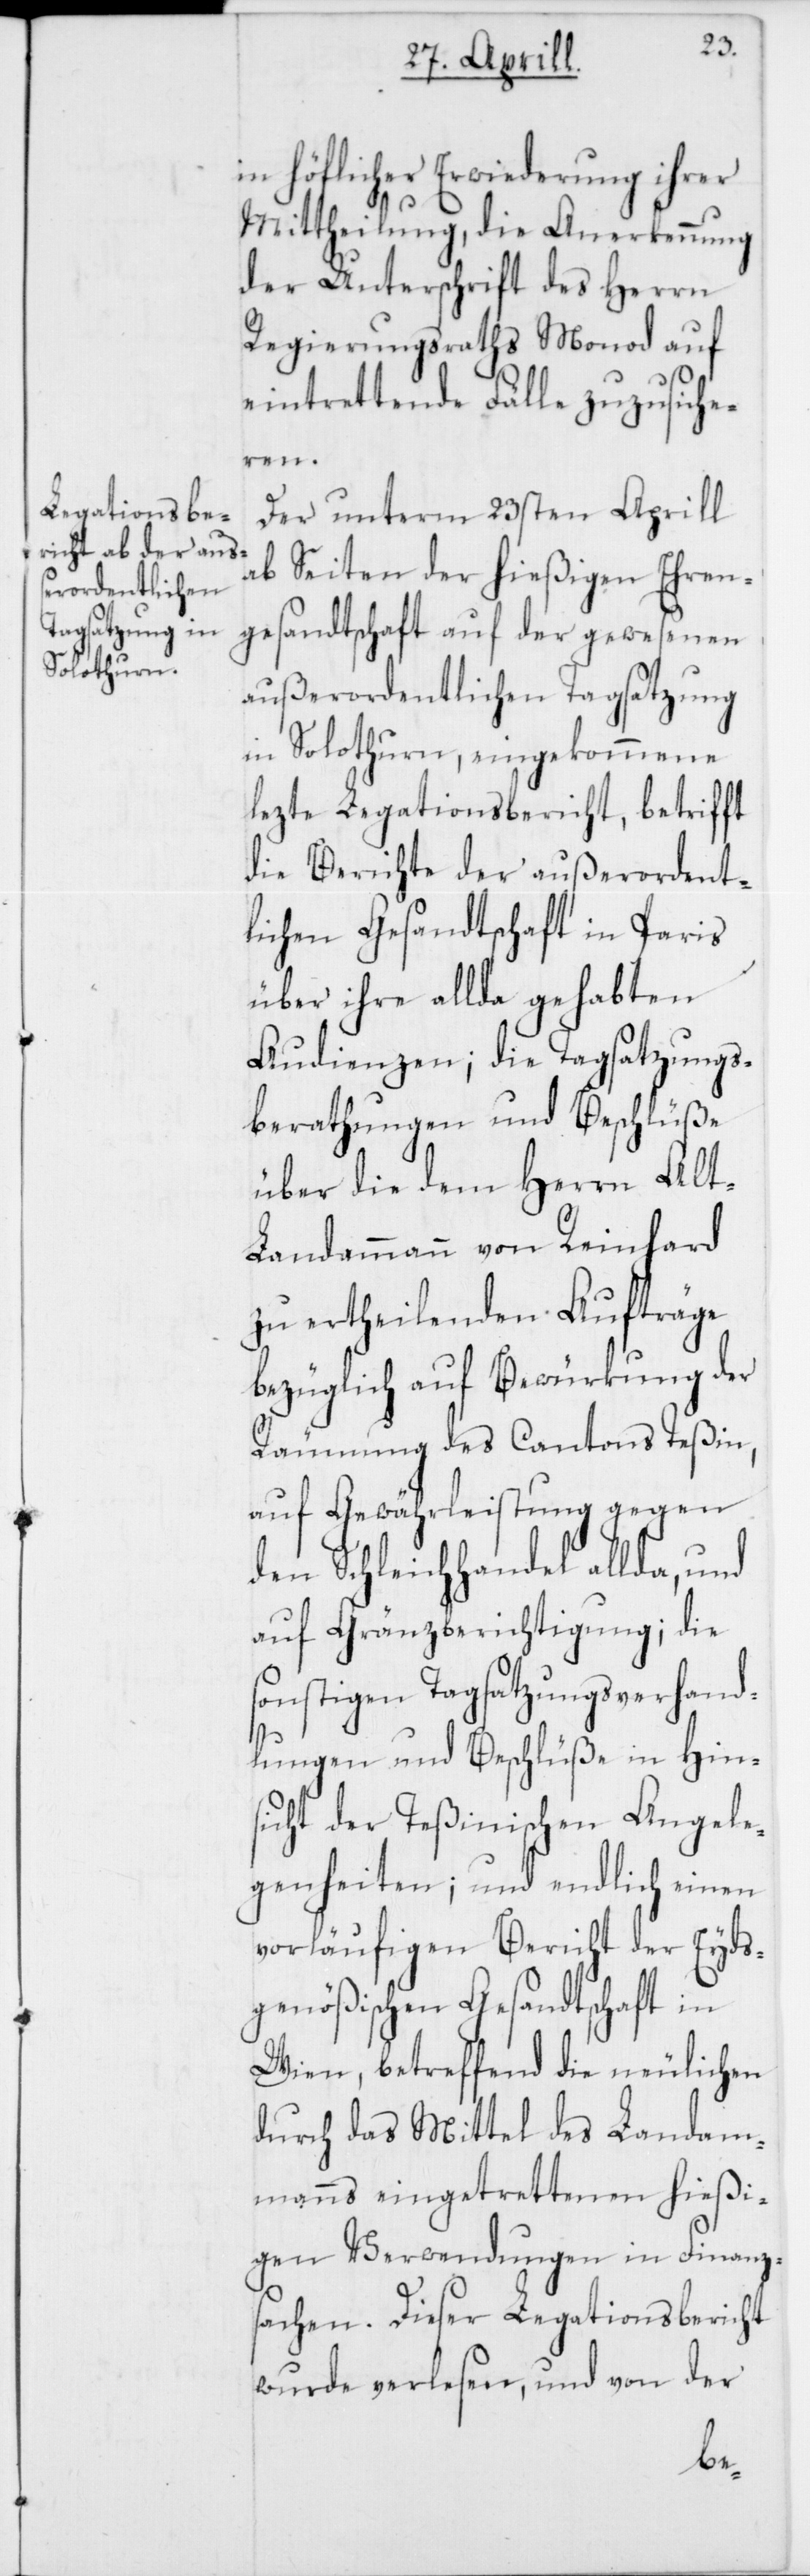
in höflicher Erwiederung ihrer
Mittheilung, die Anerkennung
der Unterschrift des Herrn
Regierungsraths Monod auf
eintrettende Fälle zuzusiche¬
ren.
Der unterm 23sten Aprill
ab Seiten der hießigen Ehren¬
gesandtschaft auf der gewesenen
außerordentlichen Tagsatzung
in Solothurn, eingekommene
lezte Legationsbericht, betrifft
die Berichte der außerordent¬
lichen Gesandtschaft in Paris
über ihre allda gehabten
Audienzen; die Tagsatzungs¬
berathungen und Beschlüße
über die dem Herrn Alt-L¬
andammann von Reinhard
zu ertheilenden Aufträge
bezüglich auf Bewürkung der
Räumung des Cantons Teßin,
auf Gewährleistung gegen
den Schleichhandel allda, und
auf Gränzberichtigung; die
sonstigen Tagsatzungsverhand¬
lungen und Beschlüße in Hin¬
sicht der Teßinischen Angele¬
genheiten; und endlich einen
vorläufigen Bericht der Eyds¬
genößischen Gesandtschaft in
Wien, betreffend die neulichen
durch das Mittel des Landam¬
manns eingetrettenen hießi¬
gen Verwendungen in Finanz¬
sachen. Dieser Legationsbericht
wurde verlesen, und von der